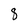
Character: 8